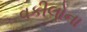
વકીલોના